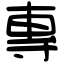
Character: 專